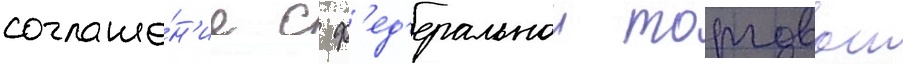
соглаше́н'ие с ф'ед'еральнои торговои